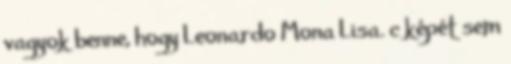
vagyok benne, hogy Leonardo Mona Lisa. c képét sem